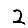
Digit: 2